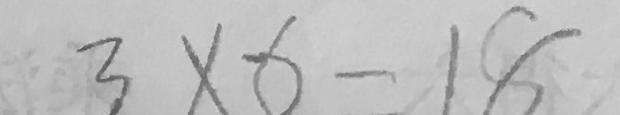
3 \times 6 = 1 8